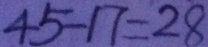
4 5 - 1 7 = 2 8